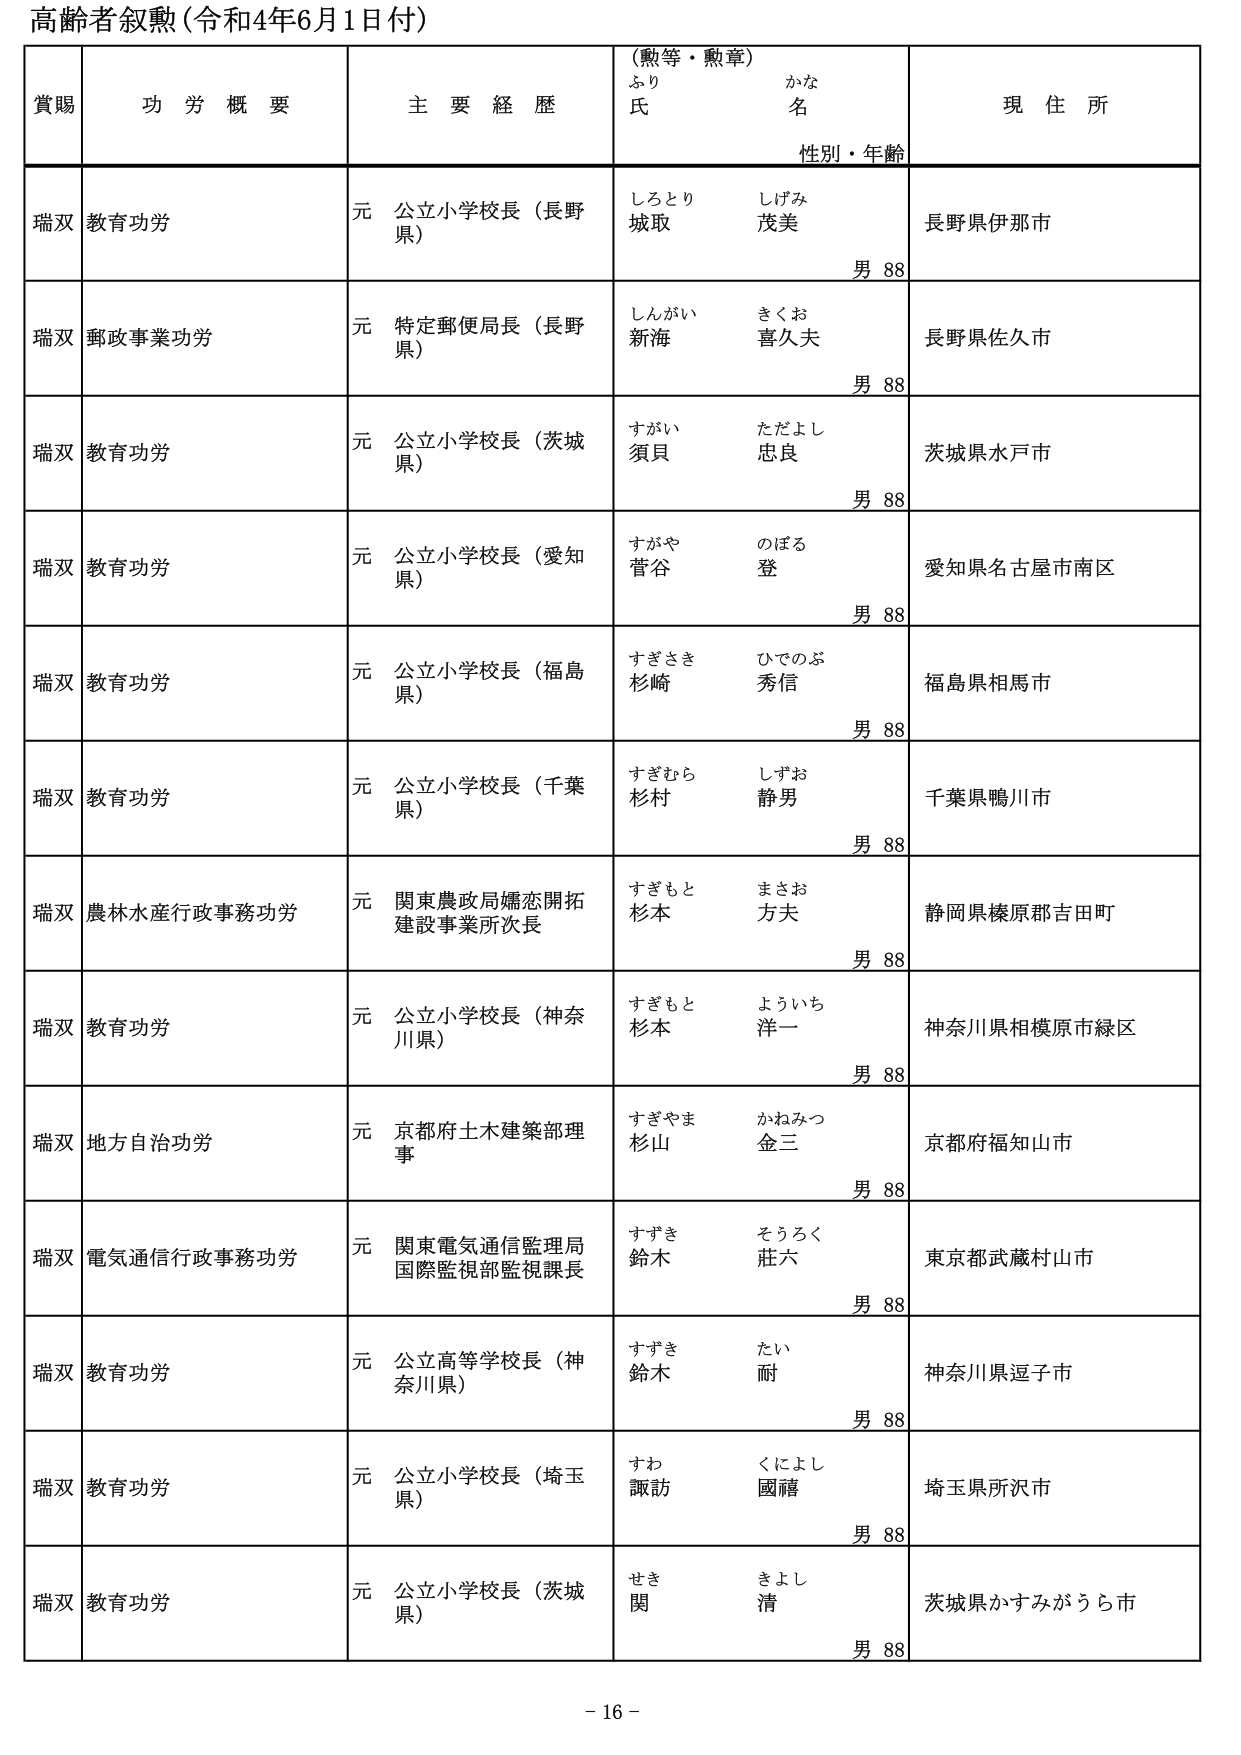
高齢者叙勲（令和4年6月1日付）

賞賜　　功労概要　　主要経歴　　（勲等・勲章）　　現住所
　　　　　　　　　　　　　　ふりがな　　氏名　　性別・年齢

瑞双　教育功労　　元 公立小学校長（長野県）　　しろとり　城取　　しげみ　茂美　　男 88　　長野県伊那市

瑞双　郵政事業功労　　元 特定郵便局長（長野県）　　しんがい　新海　　きくお　喜久夫　　男 88　　長野県佐久市

瑞双　教育功労　　元 公立小学校長（茨城県）　　すがい　須貝　　ただよし　忠良　　男 88　　茨城県水戸市

瑞双　教育功労　　元 公立小学校長（愛知県）　　すがや　菅谷　　のぼる　登　　男 88　　愛知県名古屋市南区

瑞双　教育功労　　元 公立小学校長（福島県）　　すぎさき　杉崎　　ひでのぶ　秀信　　男 88　　福島県相馬市

瑞双　教育功労　　元 公立小学校長（千葉県）　　すぎむら　杉村　　しずお　静男　　男 88　　千葉県鴨川市

瑞双　農林水産行政事務功労　　元 関東農政局嬬恋開拓建設事業所次長　　すぎもと　杉本　　まさお　方夫　　男 88　　静岡県榛原郡吉田町

瑞双　教育功労　　元 公立小学校長（神奈川県）　　すぎもと　杉本　　よういち　洋一　　男 88　　神奈川県相模原市緑区

瑞双　地方自治功労　　元 京都府土木建築部理事　　すぎやま　杉山　　かねみつ　金三　　男 88　　京都府福知山市

瑞双　電気通信行政事務功労　　元 関東電気通信監理局国際監視部監視課長　　すずき　鈴木　　そうろく　荘六　　男 88　　東京都武蔵村山市

瑞双　教育功労　　元 公立高等学校長（神奈川県）　　すずき　鈴木　　たい　耐　　男 88　　神奈川県逗子市

瑞双　教育功労　　元 公立小学校長（埼玉県）　　すわ　諏訪　　くによし　國禧　　男 88　　埼玉県所沢市

瑞双　教育功労　　元 公立小学校長（茨城県）　　せき　関　　きよし　清　　男 88　　茨城県かすみがうら市

- 16 -